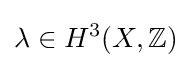
\lambda \in H^{3}(X,\mathbb {Z} )